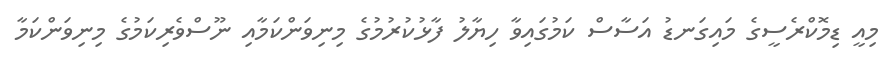
މިއީ ޑިމޮކްރެސީގެ މައިގަނޑު އަސާސް ކަމުގައިވާ ހިޔާލު ފާޅުކުރުމުގެ މިނިވަންކަމާއި ނޫސްވެރިކަމުގެ މިނިވަންކަމާ